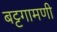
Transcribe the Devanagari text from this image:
बट्टगामणी